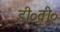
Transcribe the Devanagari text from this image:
डी०वी०